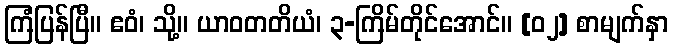
ကြံပြန်ပြီ။ ဧဝံ၊ သို့။ ယာဝတတိယံ၊ ၃-ကြိမ်တိုင်အောင်။ [၀၂] စာမျက်နှာ